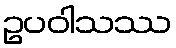
ဥပဝါသဿ